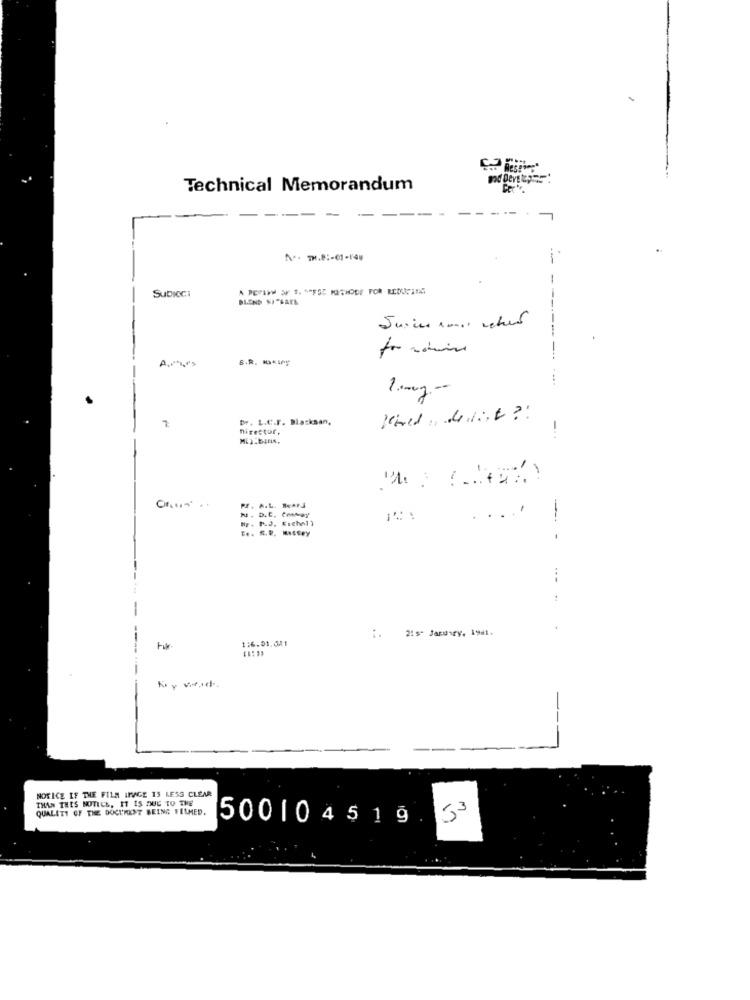
Technical Memorandum
-
No. TH.8 :- 01-146
-
-
Subicci
for momin
10mg-
7
Dr. L.C.F. Blacksan,
nirestur,
-
Pr. A.L. HearJ
N. D.C. Commay
te. S.P. Massey
--
1:6.01.001
i. 21st January, 1961.
NOTICE IF THE FILM IMAGE IS LESS CLEAR
THAN THIS NOTICE, IT IS DUE TO THE
QUALITY OF THE DOCUMENT BEING FILMED.
500104519.
53